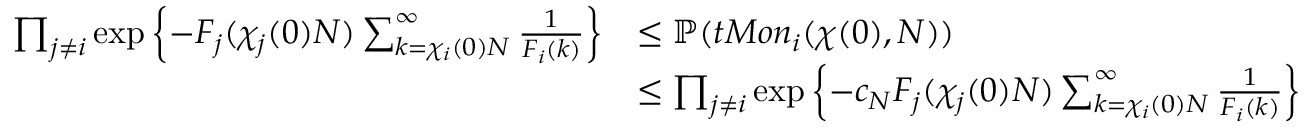
\begin{array} { r l } { \prod _ { j \ne i } \exp \left\{ - F _ { j } ( \chi _ { j } ( 0 ) N ) \sum _ { k = \chi _ { i } ( 0 ) N } ^ { \infty } \frac { 1 } { F _ { i } ( k ) } \right\} } & { \le \mathbb { P } ( t M o n _ { i } ( \chi ( 0 ) , N ) ) } \\ & { \le \prod _ { j \ne i } \exp \left\{ - c _ { N } F _ { j } ( \chi _ { j } ( 0 ) N ) \sum _ { k = \chi _ { i } ( 0 ) N } ^ { \infty } \frac { 1 } { F _ { i } ( k ) } \right\} } \end{array}